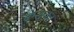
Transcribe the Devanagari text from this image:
क्वेशुका